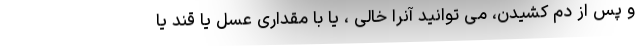
و پس از دم کشیدن، می توانید آنرا خالی ، یا با مقداری عسل یا قند یا